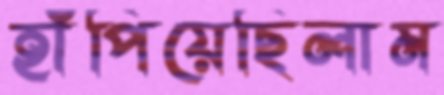
হাঁপিয়েছিলাম